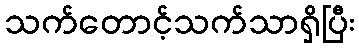
သက်တောင့်သက်သာရှိပြီး